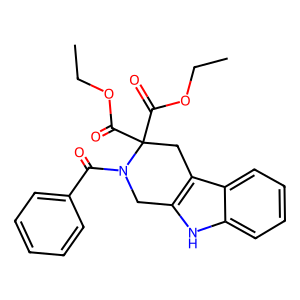
SMILES: CCOC(=O)C1(C(=O)OCC)Cc2c([nH]c3ccccc23)CN1C(=O)c1ccccc1
Inhibits HIV replication: No